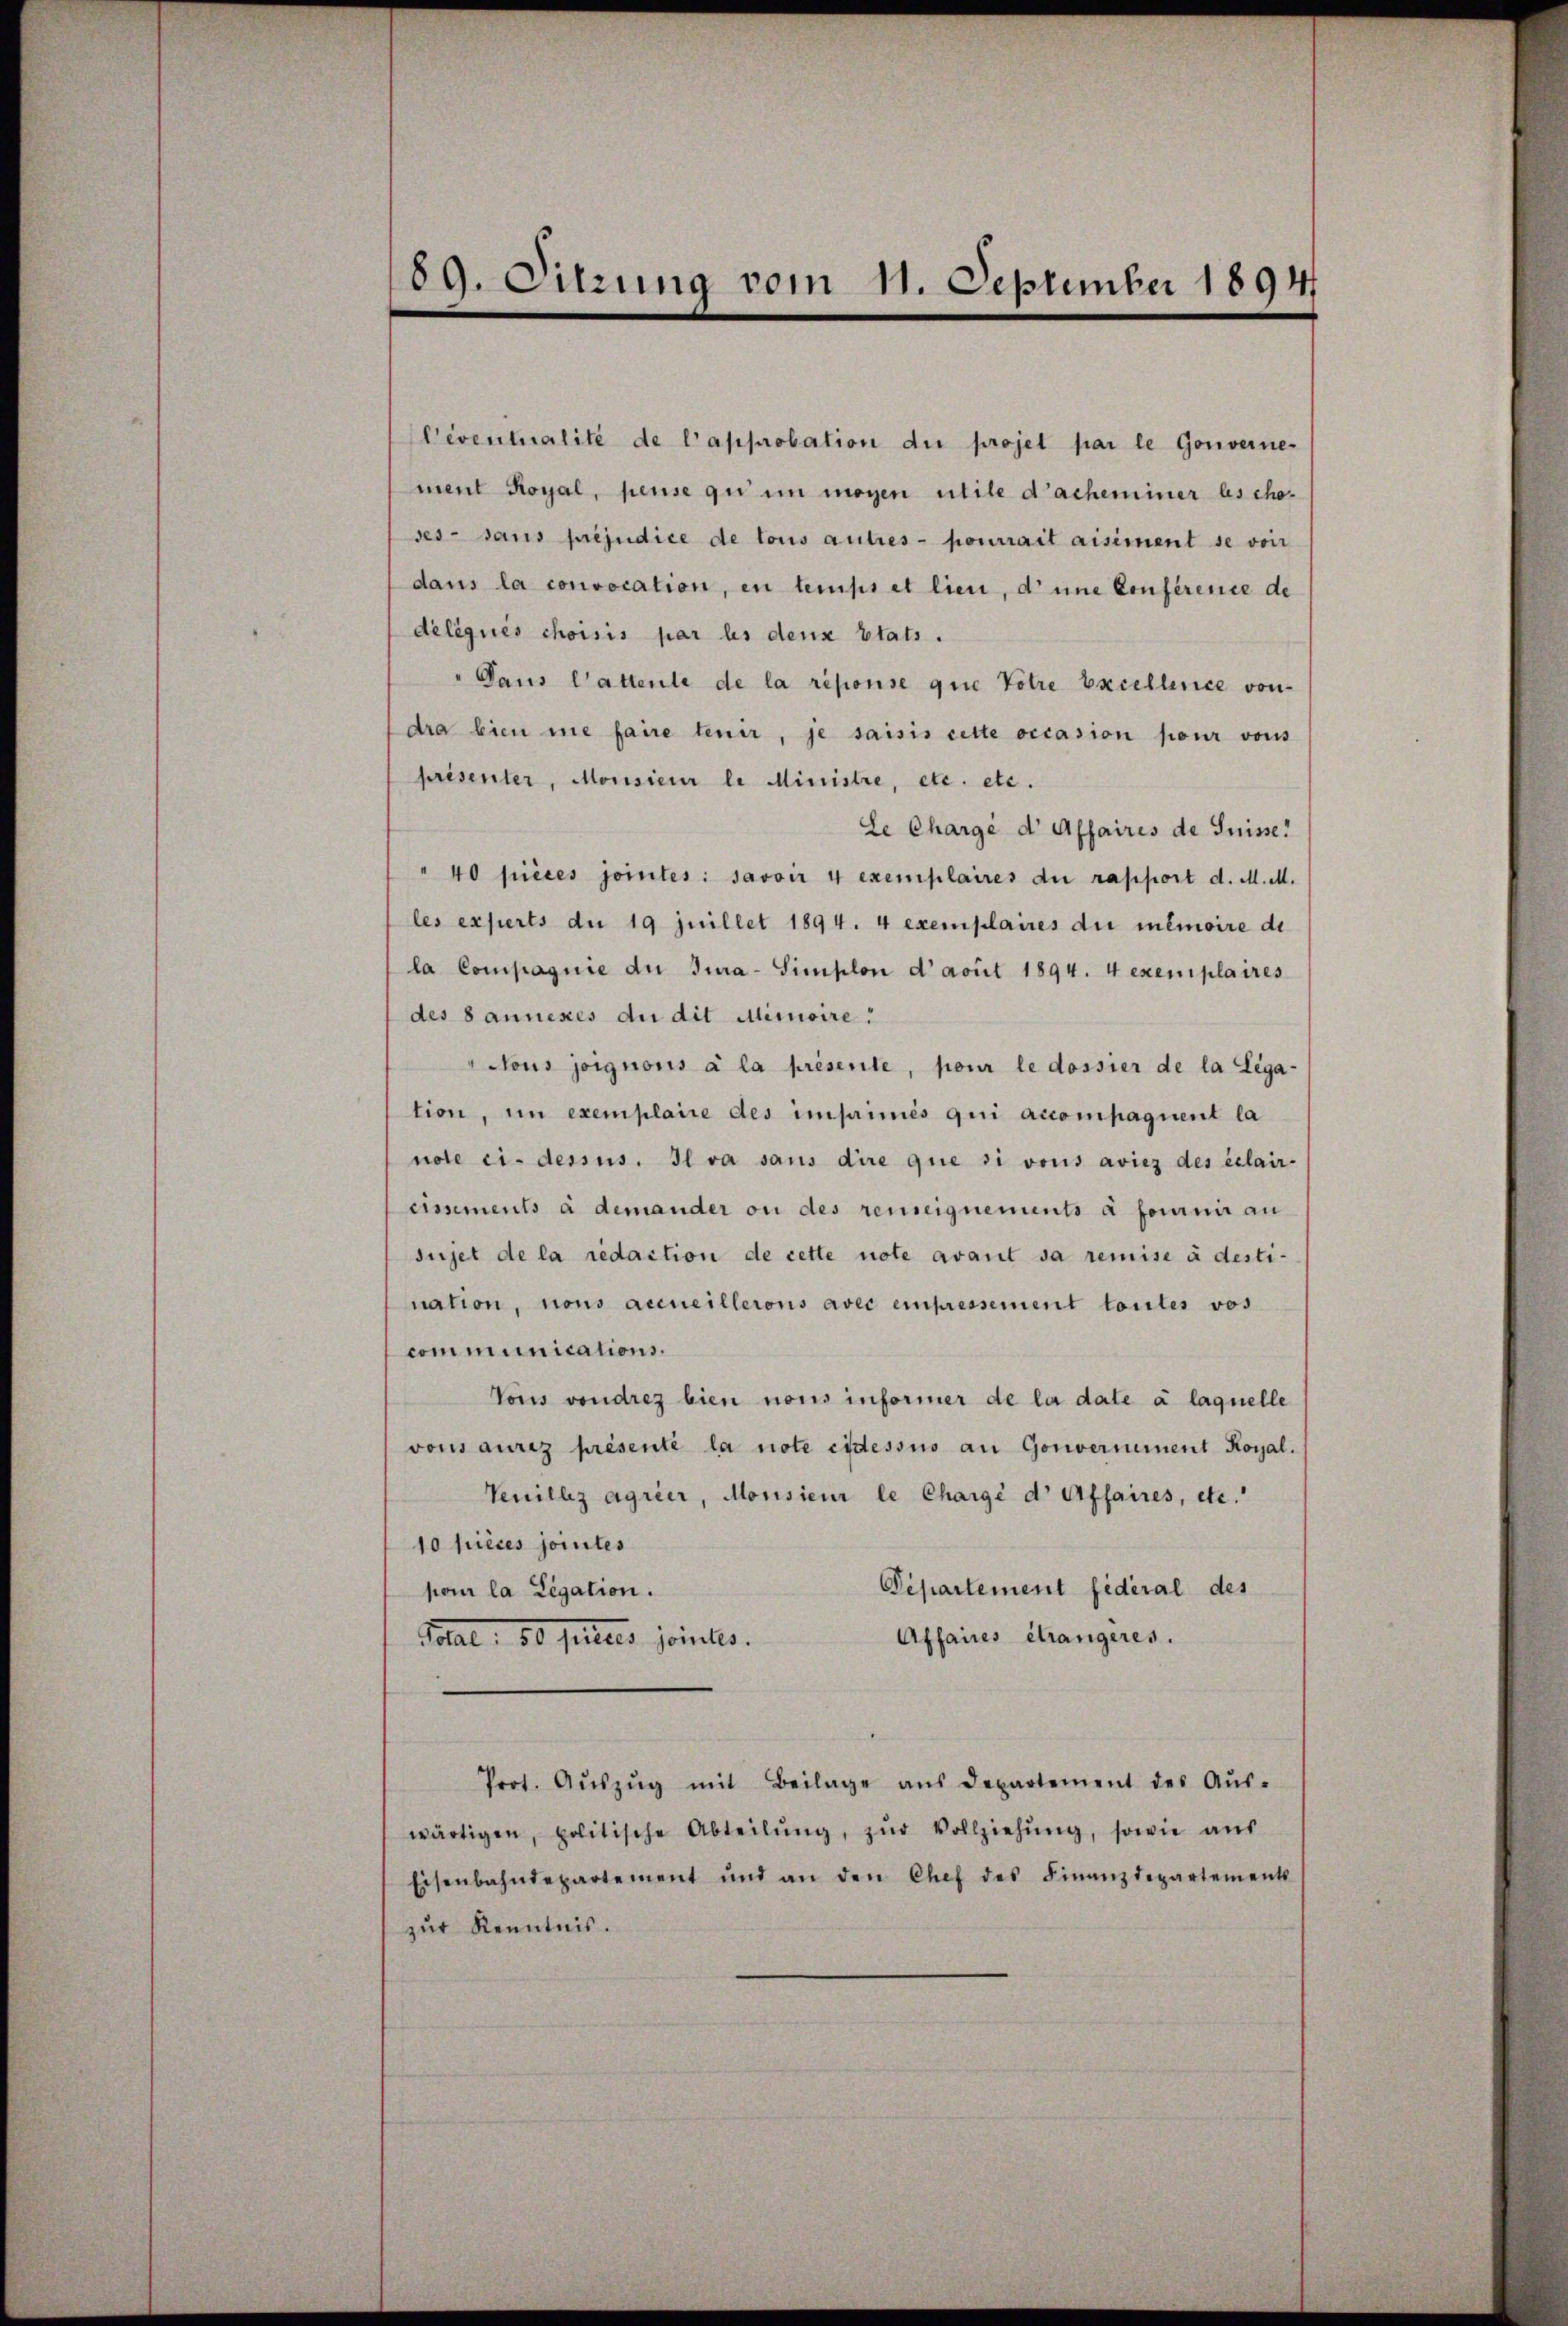
89. Sitzung vom 11. September 1894

Ceventualité de l’approbation die projet par le Gouverne-
ment Royal, pense qui in mögen utile d’acheminer les cho-
ses sans préjudice de tous autres pourrait aisiment se von
dans la convocation, en temps et lien, dene Conference de
délégués choisis par les dens Etats.
" aus Cattente de la réponse que Votre Excellence von
dra lien me faire tenir, je saisis cette occasion pour vons
présenter, Monsieur le Ministre, etc. etc.
Le Chargé d’Affaires de Suisse
"40 pièces jointes: savoir 4 exemplaires du rapport d. M. M.
les experts du 19 juillet 1894. 4 exemplaires die inémoire di
la Compagnie de Jura-Simplon damit 1894. 4 exemplaires
des 8 annexes du dit Memoire.
Nous joignons à la présente, pour le dossier de la Legation, in exemplaire des imprimés qui accompaquent la
note ci-dessus. Il va sans dire que si vons aviez des éclair-
cimments à demander ou des reuseignements à fournir au
sujet de la redaction de cette note avant da remise à desti-
nation, nons accueillerons avec einpressement toutes vos
communications.
Vous von drez bien nous informer de la date à laquelle
vonsaurez présenté la note eidessus an Gouvernement Koyal.
Venillz agrier, Monsieur le Chargé d' Affaires, etc.
10 pièces jointes
Departement fédéral des
pour la Legation.
Affaires étrangeres.
Potal. 80. ferties jointes.
Prot. Aŭszŭg mit Beilage ans Departement des Aŭs-
wärtigen, politische Abteilŭng, zŭr Vollziehŭng, sowie aŭs
Eisenbahndepartement und an den Chef des Finanzdepartements
zur Kenntnis.